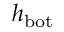
h _ { \mathrm { b o t } }